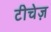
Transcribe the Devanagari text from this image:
टीचेज़